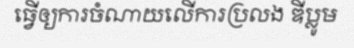
ធ្វើឲ្យការចំណាយលើការប្រលង ឌីប្លូម